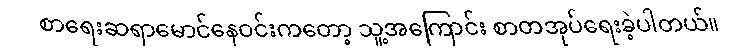
စာရေးဆရာမောင်နေဝင်းကတော့ သူ့အကြောင်း စာတအုပ်ရေးခဲ့ပါတယ်။